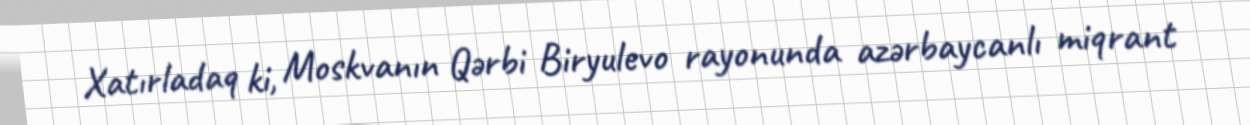
Xatırladaq ki, Moskvanın Qərbi Biryulevo rayonunda azərbaycanlı miqrant